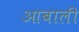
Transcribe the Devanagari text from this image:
आबाली